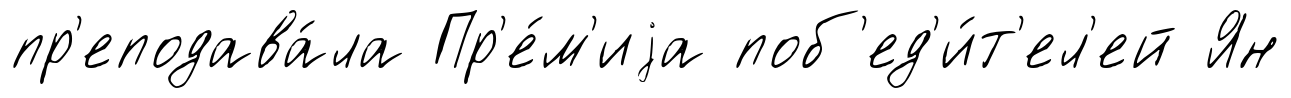
пр'еподава́ла Пр'е́м'иjа поб'ед'и́т'ел'ей Ян